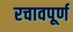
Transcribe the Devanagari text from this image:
रचावपूर्ण